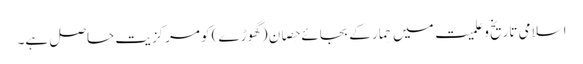
اسلامی تاریخ و علمیت میں حِمار کے بجائے حِصان (گھوڑے) کو مرکزیت حاصل ہے۔